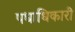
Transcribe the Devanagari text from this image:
पधाधिकारी